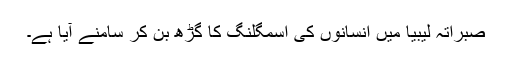
صبراتہ ليبيا ميں انسانوں کی اسمگلنگ کا گڑھ بن کر سامنے آيا ہے۔